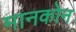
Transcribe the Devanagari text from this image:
मानकोन